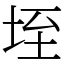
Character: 垤